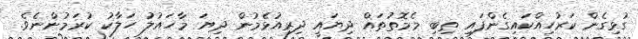
ގުޅިގެން ކަރުހިއްކައިގެންފައި ތިބި މެމޮތުތައް ދިޔައީ ދިރިއުޅެމުން ދިޔަ މާހައުލު ހަލާކު ކުރަމުންނެވެ.